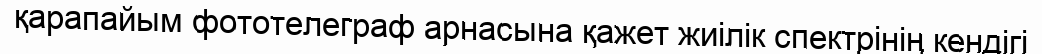
қарапайым фототелеграф арнасына қажет жиілік спектрінің кендігі